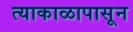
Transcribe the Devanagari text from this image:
त्याकाळापासून